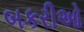
બકરીઓ